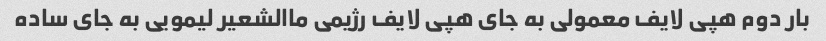
بار دوم هپی لایف معمولی به جای هپی لایف رژیمی ماالشعیر لیمویی به جای ساده